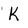
Character: K